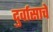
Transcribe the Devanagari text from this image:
दुर्वासाचे